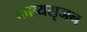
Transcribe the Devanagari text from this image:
काव्यसृजन